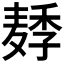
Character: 𱋛